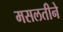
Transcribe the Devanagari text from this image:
मसलतीने